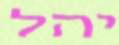
יהל